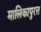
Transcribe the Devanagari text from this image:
मालिकापुरत्त